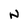
Character: N